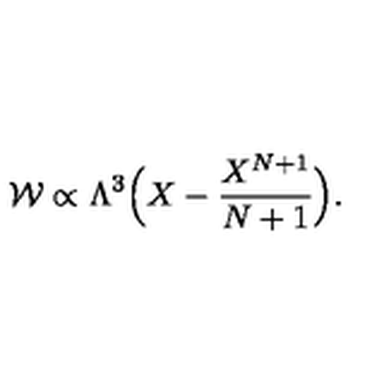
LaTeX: { \cal W } \propto \Lambda ^ { 3 } \Big ( X - { \frac { X ^ { N + 1 } } { N + 1 } } \Big ) .